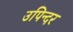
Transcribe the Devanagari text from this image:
उपिन्दर